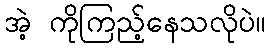
အဲ့ ကိုကြည့်နေသလိုပဲ။